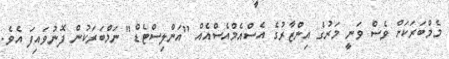
މެމްބަރަކަށް ވެސް ވަނީ މަރުގެ އިންޒާރުގެ އެސްއެމްއެސްއެއް "އަންލިސްޓެޑް" ނަމްބަރަކުން ފޮނުވައިފަ އެވެ.